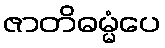
ဇာတိဓမ္မံပေ